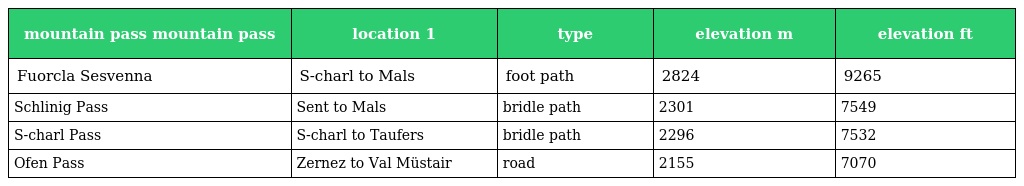
| mountain pass mountain pass | location 1 | type | elevation m | elevation ft |
 | --- | --- | --- | --- | --- |
 | Fuorcla Sesvenna | S-charl to Mals | foot path | 2824 | 9265 |
 | Schlinig Pass | Sent to Mals | bridle path | 2301 | 7549 |
 | S-charl Pass | S-charl to Taufers | bridle path | 2296 | 7532 |
 | Ofen Pass | Zernez to Val Müstair | road | 2155 | 7070 |